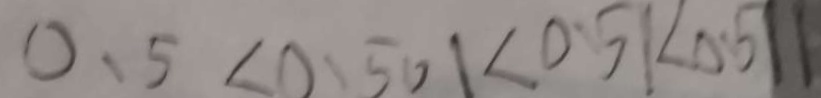
0 . 5 < 0 . 5 0 1 < 0 . 5 1 < 0 . 5 1 1